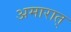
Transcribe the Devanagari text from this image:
अमारात्